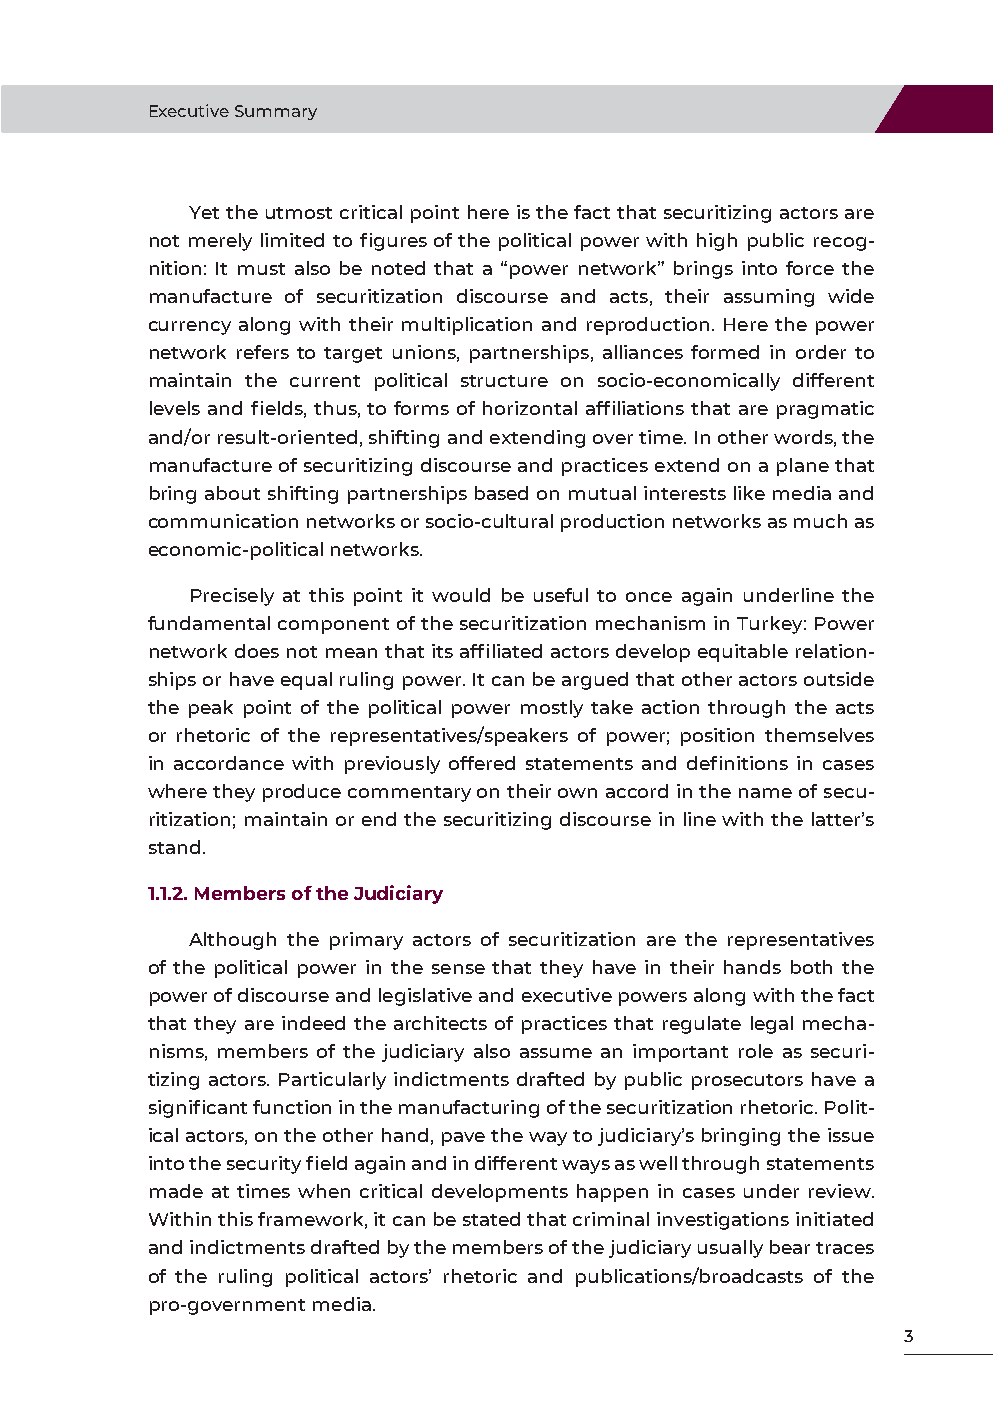
Executive Summary
 Yet the utmost critical point here is the fact that securitizing actors are
 not merely limited to figures of the political power with high public recog-
 nition: It must also be noted that a “power network” brings into force the
 manufacture of securitization discourse and acts, their assuming wide
 currency along with their multiplication and reproduction. Here the power
 network refers to target unions, partnerships, alliances formed in order to
 maintain the current political structure on socio-economically different
 levels and fields, thus, to forms of horizontal affiliations that are pragmatic
 and/or result-oriented, shifting and extending over time. In other words, the
 manufacture of securitizing discourse and practices extend on a plane that
 bring about shifting partnerships based on mutual interests like media and
 communication networks or socio-cultural production networks as much as
 economic-political networks.
 Precisely at this point it would be useful to once again underline the
 fundamental component of the securitization mechanism in Turkey: Power
 network does not mean that its affiliated actors develop equitable relation-
 ships or have equal ruling power. It can be argued that other actors outside
 the peak point of the political power mostly take action through the acts
 or rhetoric of the representatives/speakers of power; position themselves
 in accordance with previously offered statements and definitions in cases
 where they produce commentary on their own accord in the name of secu-
 ritization; maintain or end the securitizing discourse in line with the latter’s
 stand.
 1.1.2. Members of the Judiciary
 Although the primary actors of securitization are the representatives
 of the political power in the sense that they have in their hands both the
 power of discourse and legislative and executive powers along with the fact
 that they are indeed the architects of practices that regulate legal mecha-
 nisms, members of the judiciary also assume an important role as securi-
 tizing actors. Particularly indictments drafted by public prosecutors have a
 significant function in the manufacturing of the securitization rhetoric. Polit-
 ical actors, on the other hand, pave the way to judiciary’s bringing the issue
 into the security field again and in different ways as well through statements
 made at times when critical developments happen in cases under review.
 Within this framework, it can be stated that criminal investigations initiated
 and indictments drafted by the members of the judiciary usually bear traces
 of the ruling political actors’ rhetoric and publications/broadcasts of the
 pro-government media.
 3